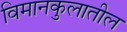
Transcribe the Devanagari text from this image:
विमानकुलातील